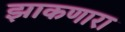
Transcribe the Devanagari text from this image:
झाकणारा